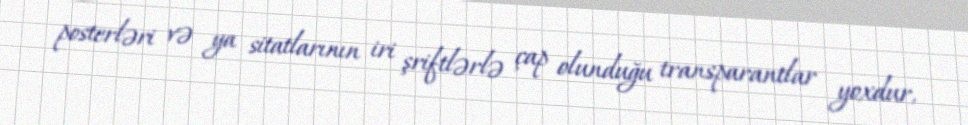
posterləri və ya sitatlarının iri şriftlərlə çap olunduğu transparantlar yoxdur,